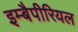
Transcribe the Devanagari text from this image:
इम्बैपीरियल